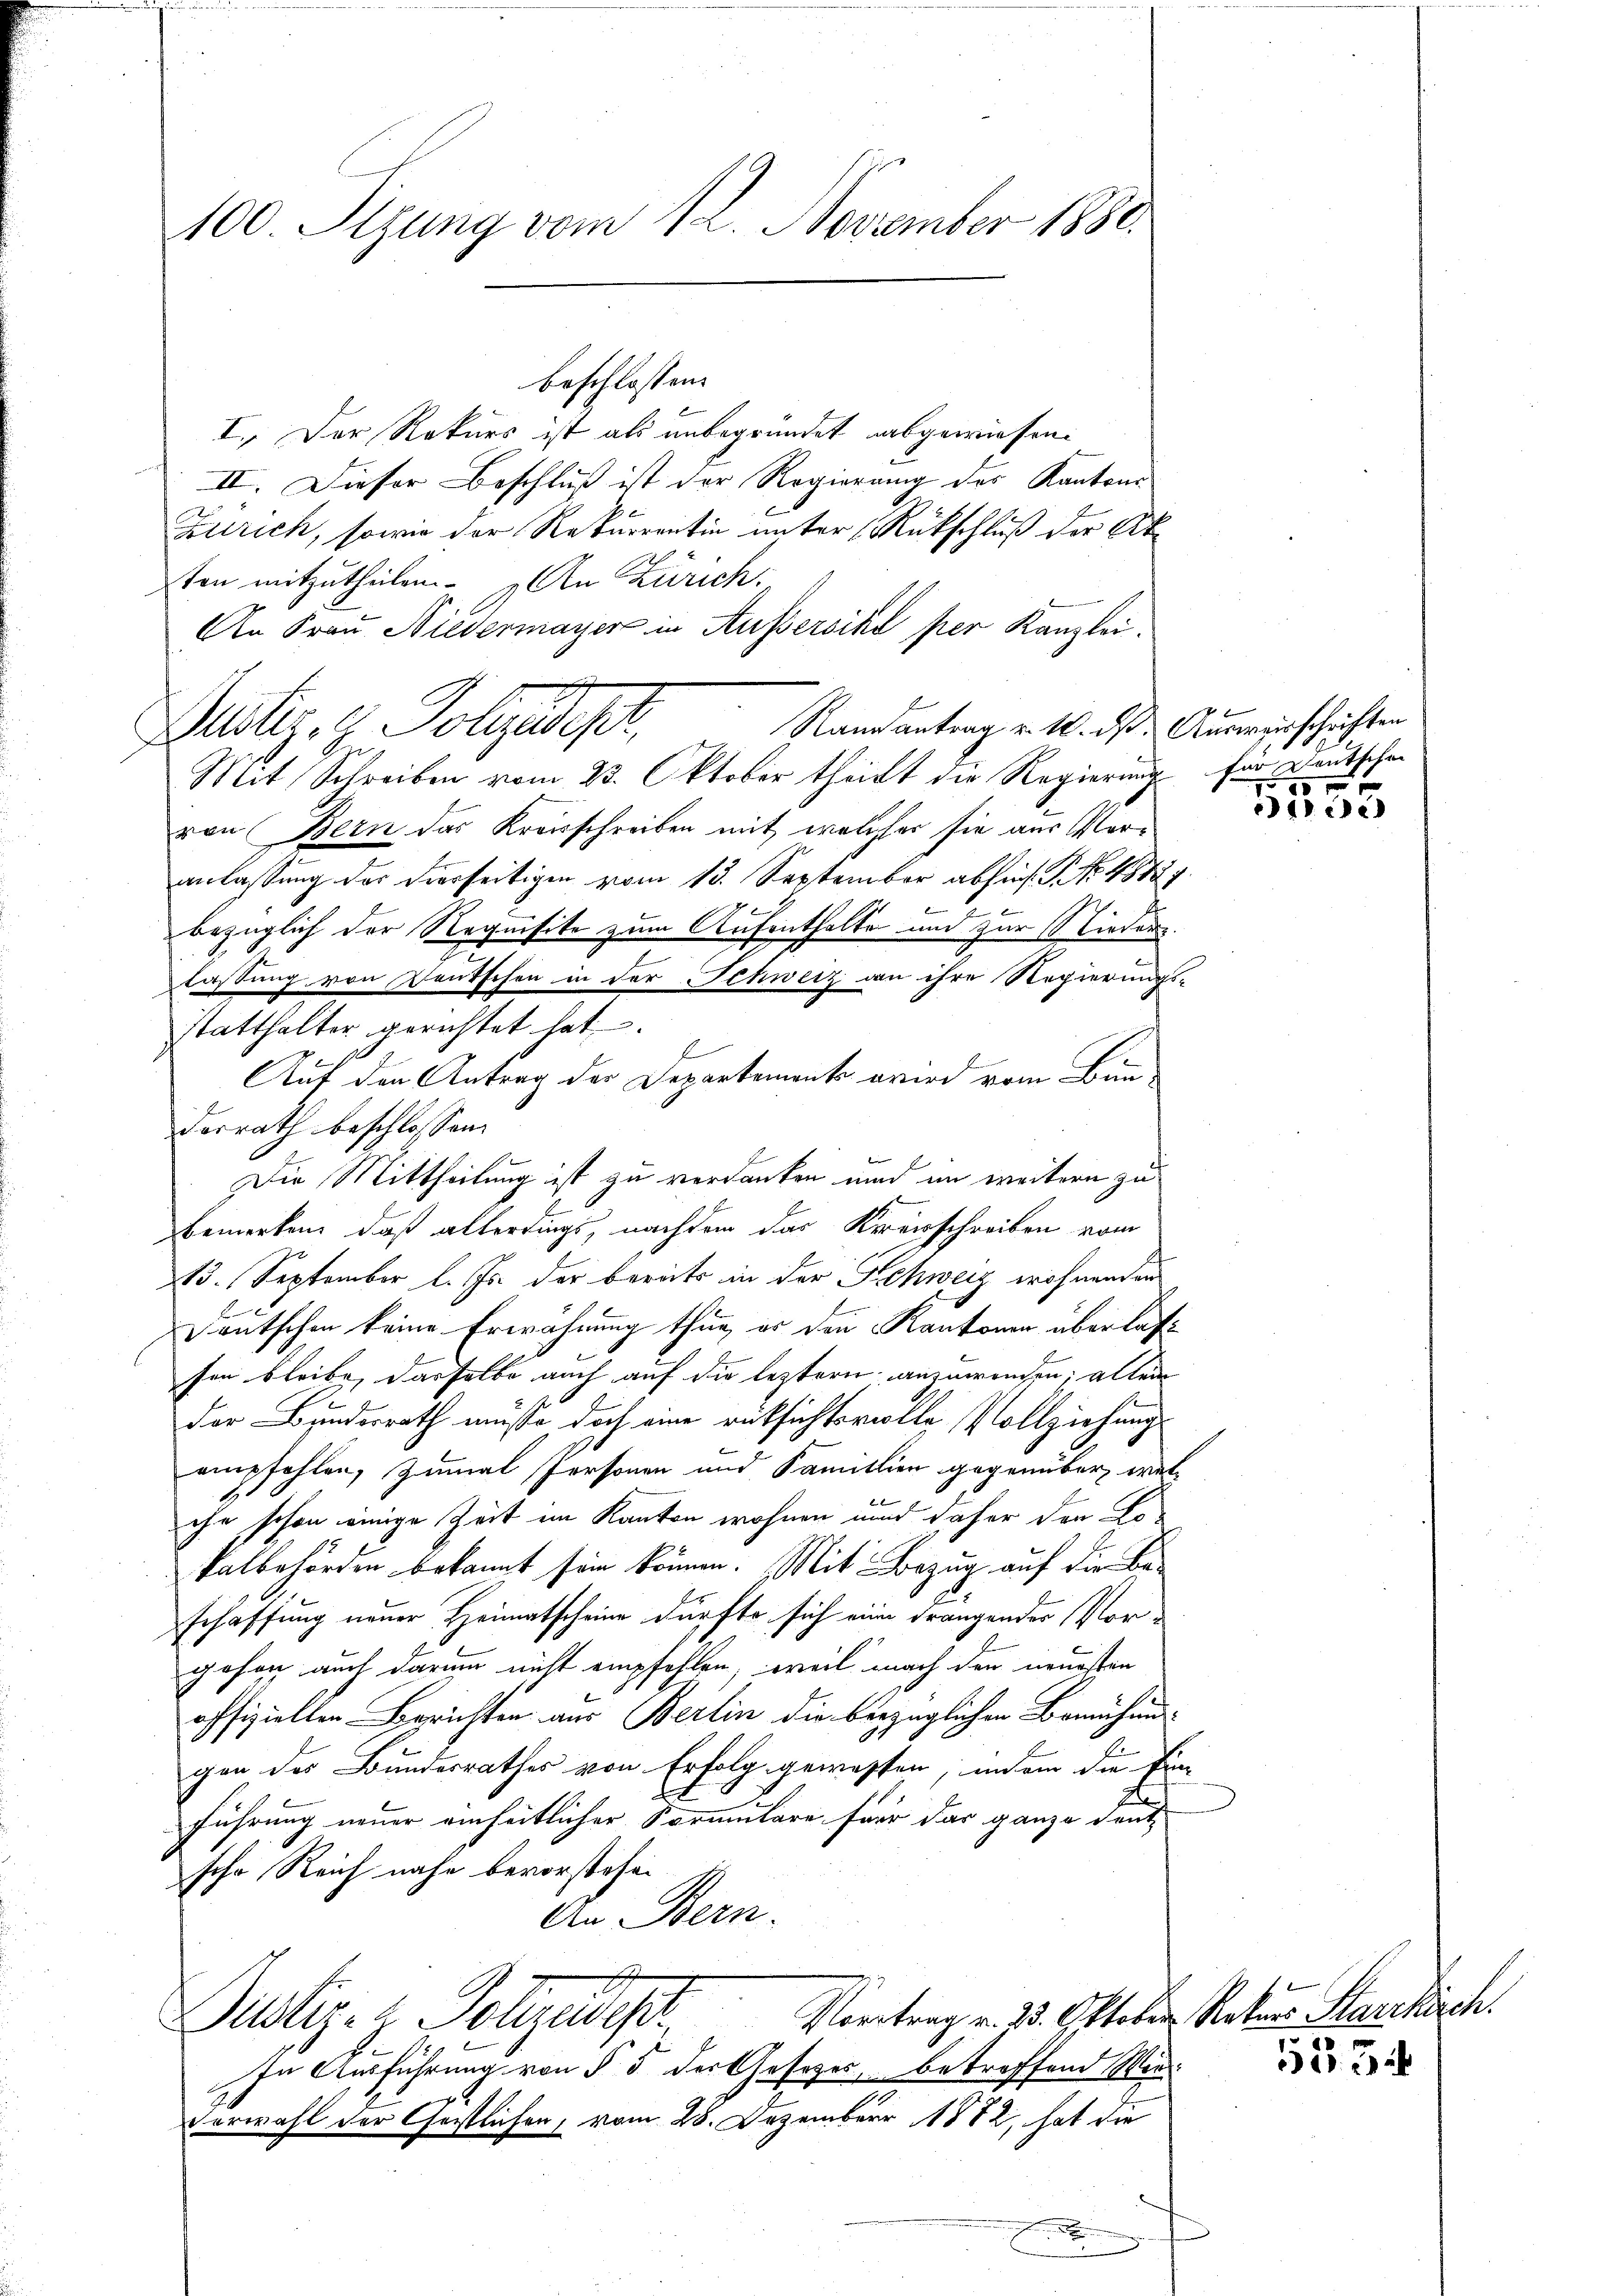
100. Sizung vom 12. November 1880.

I. Der Rekurs ist als unbegründet abgewiesen.
II. Dieser Beschluß ist der Regierung des Kantons
Zlrich, sowie der Rekurrentin unter Rückschluß der Akton mitzutheilen. An Zürich:
An Frau Niedermayer in Aussersihl per Kanzlei.
Justiz- & Polizeadept, Randantrag v. M. das Gemeinschichten
Mit Schreiben vom 23. Oktober theilt die Regierung für Deutschen
von Bern das Kreisschreiben mit welcher sie aus Veranlassung des hierseitigen vom 13. September abhin. G. No. 45181
bezüglich der Requisite zum Aufenthalte und zur Nieders.
lassung von Deutschen in der Schweiz an ihre Regierungs-
statthalter gerichtet hat.
Auf den Antrag der Departement wird vom Bun-
dorrath beschlossen:
Die Mittheilung ist zu verdanken und im weitern zu
bemerken, daß allerdings, nachdem das Kreisschreiben vom
13. September l. Js. der bereits in der Schweiz wohnenden
Deutschen keine Erwähnung thun, er den Kantonen überlassen bleibe, dasselbe auch auf die leztern anzuwenden; allein
der Bundesrath müsse doch eine rücksichtsvolle Vollziehungs
empfehlen, zumal Personen und Familien gegenüber welche schon einige Zeit im Kanton wohnen und daher den Lokalbehörden bekannt sein können. Mit Bezug auf die Ba-
schaffung neuer Heimatscheine dürfte sich eine drangender Vorgehen auch darum nicht empfehlen, weil nach den neuesten
offiziellen Berichten aus Berlin die bezüglichen Bemühungen des Bundesrathes von Erfolg gewassen, une die Ein-
b
führung neuer einheitlicher Formulare für das ganze deut
sche Reich nahe bevorstehen.
An Bern.
B
Vortrag v. 23. Oktober Rekurs Starckich.
Dustiz- & Johzewes
In Ausführung von § 5 der Gesetzes, betreffend Wie
Verwahl der Gestlichen, vom 28. Dezember 1872, hat die

beschlossen:

5
ce

e

1553